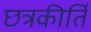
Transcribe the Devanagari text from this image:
छत्रकीर्ति